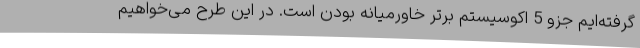
گرفته‌ایم جزو 5 اکوسیستم برتر خاورمیانه بودن است. در این طرح می‌خواهیم